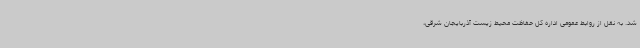
شد. به نقل از روابط عمومی اداره کل حفاظت محیط زیست آذربایجان شرقی،